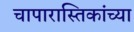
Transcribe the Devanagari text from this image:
चापारास्तिकांच्या